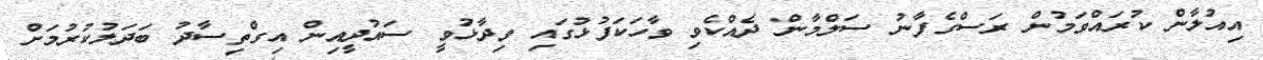
އިއުލާން ކުރައްވަމުން ރަސްގެފާނު ސަލްމާން ދެއްކެވި ވާހަކަފުޅުގައި ވިދާޅުވީ ސައުދީއިން އިގްތިސާދު ބަދަލުކުރުމަށް